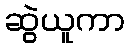
ဆွဲယူကာ